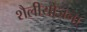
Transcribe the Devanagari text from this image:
शैलीयोजना